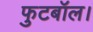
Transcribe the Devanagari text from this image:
फुटबॉल।